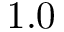
1 . 0